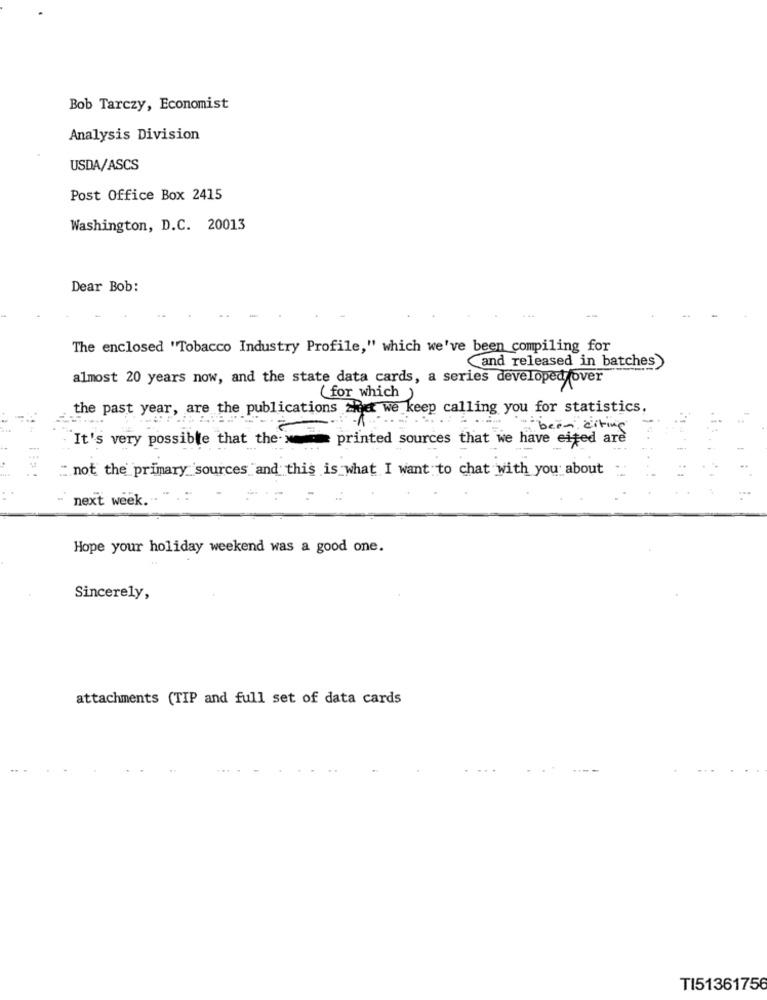
Bob Tarczy, Economist
Analysis Division
USDA/ASCS
Post Office Box 2415
Washington, D.C. 20013
Dear Bob:
The enclosed "Tobacco Industry Profile," which we've been compiling for
and released in batches
almost 20 years now, and the state data cards, a series developed over
( for which )
the past year, are the publications that we keep calling you for statistics.
been citing
It's very possible that the printed sources that we have eited are
not the primary sources and this is what I want to chat with you about
next week. . " .. "
Hope your holiday weekend was a good one.
Sincerely,
attachments (TIP and full set of data cards
TI51361756